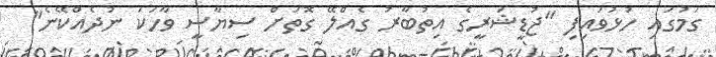
ގަމުގައި ހުޅުވައިފި "ޖުޑީޝަރީގެ އިތުބާރު ގެއްލޭ ގޮތަށް ސިޔާސީ ވާހަކަ ނުދެއްކޭނެ"